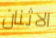
الاثنان